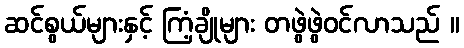
ဆင်စွယ်များနှင့် ကြံ့ချိုများ တဖွဲဖွဲဝင်လာသည် ။